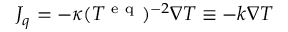
J _ { q } = - \kappa ( T ^ { \mathrm { ~ e ~ q ~ } } ) ^ { - 2 } \nabla T \equiv - k \nabla T